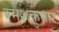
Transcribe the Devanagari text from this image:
रमेशकुमार